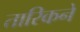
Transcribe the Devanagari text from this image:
तारिकने